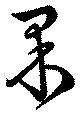
果